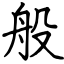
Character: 般